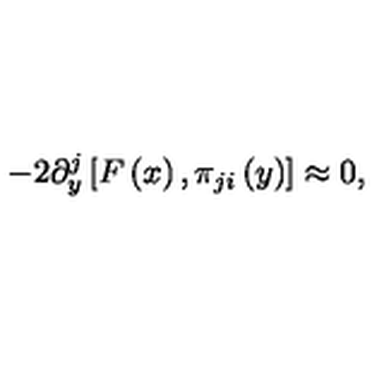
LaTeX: - 2 \partial _ { y } ^ { j } \left[ F \left( x \right) , \pi _ { j i } \left( y \right) \right] \approx 0 ,